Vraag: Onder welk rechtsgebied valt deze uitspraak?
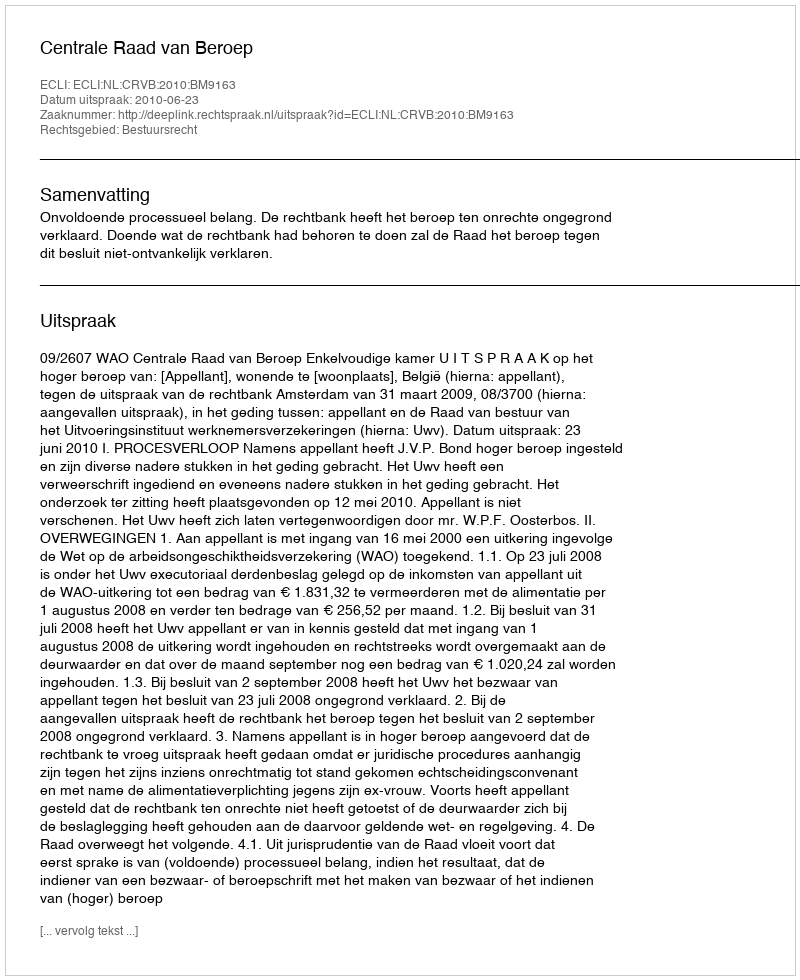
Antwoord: Bestuursrecht